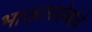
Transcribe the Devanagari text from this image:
भाऊसाहेबांचे